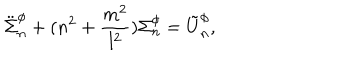
\ddot { \Sigma } _ { n } ^ { \phi } + ( n ^ { 2 } + \frac { m ^ { 2 } } { l ^ { 2 } } ) \Sigma _ { n } ^ { \phi } = \tilde { U } _ { n } ^ { \phi } ,